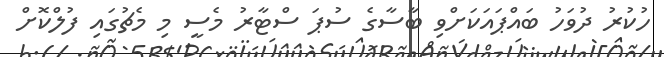
ހުކުރު ދުވަހު ބައްޕައަކަށްވި ބާސާގެ ސުޕަ ސްޓާރު މެސީ މި މެޗުގައި ފުލްކޮށް